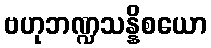
ဗဟုဘဏ္ဍသန္နိစယော